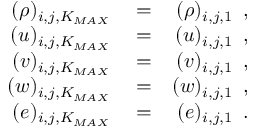
\begin{array} { r l r } { ( \rho ) _ { i , j , K _ { M A X } } } & { { } = } & { ( \rho ) _ { i , j , 1 } \, \mathrm { ~ , ~ } } \\ { ( u ) _ { i , j , K _ { M A X } } } & { { } = } & { ( u ) _ { i , j , 1 } \, \mathrm { ~ , ~ } } \\ { ( v ) _ { i , j , K _ { M A X } } } & { { } = } & { ( v ) _ { i , j , 1 } \, \mathrm { ~ , ~ } } \\ { ( w ) _ { i , j , K _ { M A X } } } & { { } = } & { ( w ) _ { i , j , 1 } \, \mathrm { ~ , ~ } } \\ { ( e ) _ { i , j , K _ { M A X } } } & { { } = } & { ( e ) _ { i , j , 1 } \, \mathrm { ~ . ~ } } \end{array}